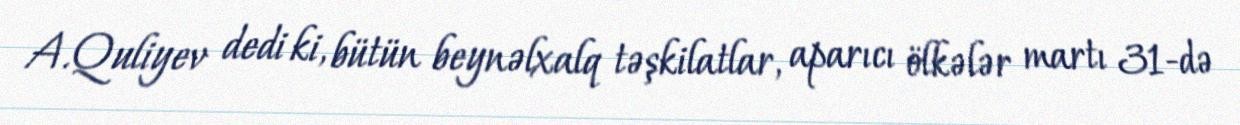
A.Quliyev dedi ki, bütün beynəlxalq təşkilatlar, aparıcı ölkələr martı 31-də